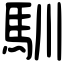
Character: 馴